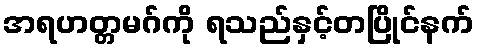
အရဟတ္တမဂ်ကို ရသည်နှင့်တပြိုင်နက်